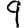
Digit: 9